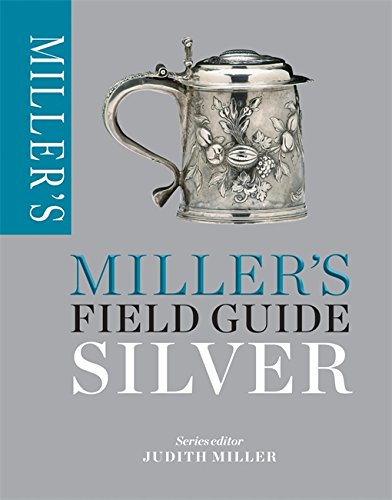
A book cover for Miller's Field Guide: Silver; Crafts, Hobbies & Home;